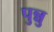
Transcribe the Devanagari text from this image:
पुन्नु